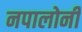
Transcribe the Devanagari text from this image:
नपालोनी